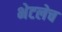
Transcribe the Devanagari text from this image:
भेटलेच